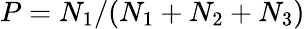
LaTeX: P=N_{1}/(N_{1}+N_{2}+N_{3})